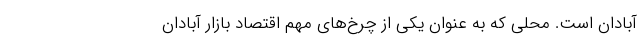
آبادان است. محلی که به عنوانِ یکی از چرخ‌های مهم اقتصادِ بازار آبادان